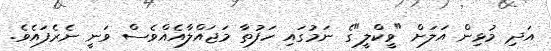
އަދި މުޅިން އަލަށް "ވީކްލީ"ގެ ނަމުގައި ހަފުތާ މަޖައްލާއެއްވެސް ވަނީ ނެރެފައެވެ.